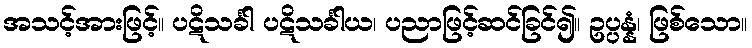
အသင့်အားဖြင့်။ ပဋိသင်္ခါ ပဋိသင်္ခါယ၊ ပညာဖြင့်ဆင်ခြင်၍။ ဥပ္ပန္နံ၊ ဖြစ်သော။